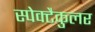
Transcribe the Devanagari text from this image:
स्पेक्टैकुलर